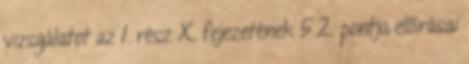
vizsgálatot az 1. rész X. fejezetének 5.2. pontja elõírásai